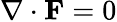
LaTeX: \nabla\cdot\mathbf{F}=0